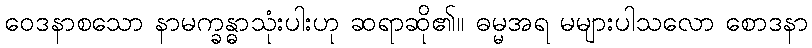
ဝေဒနာစသော နာမက္ခန္ဓာသုံးပါးဟု ဆရာဆို၏။ ဓမ္မအရ မများပါသလော စောဒနာ